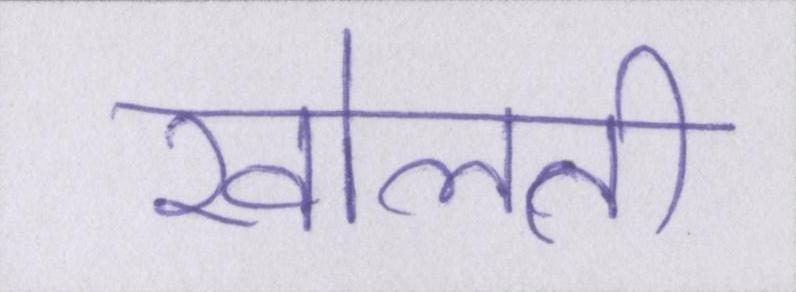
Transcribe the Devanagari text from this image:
खोलती